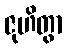
ဇုဟိတွာ